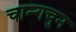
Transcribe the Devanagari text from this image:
चान्गचुन